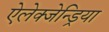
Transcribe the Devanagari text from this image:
ऐलेक्जेन्ड्रिया